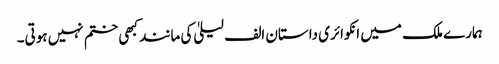
ہمارے ملک میں انکوائری داستان الف لیلیٰ کی مانند کبھی ختم نہیں ہوتی۔